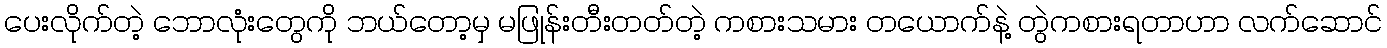
ပေးလိုက်တဲ့ ဘောလုံးတွေကို ဘယ်တော့မှ မဖြုန်းတီးတတ်တဲ့ ကစားသမား တယောက်နဲ့ တွဲကစားရတာဟာ လက်ဆောင်